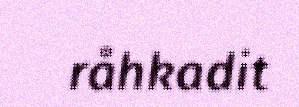
råhkadit